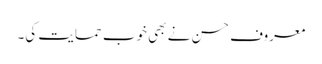
معروف حسن نے بھی خوب حمایت کی۔